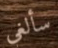
سألغي